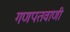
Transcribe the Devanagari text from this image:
गणपतवाणी